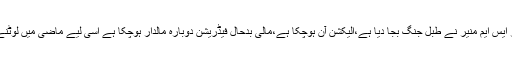
حنیف گوہر نے کہا کہ ہمارے لیڈر ایس ایم منیر نے طبل جنگ بجا دیا ہے،الیکشن آن ہوچکا ہے،مالی بدحال فیڈریشن دوبارہ مالدار ہوچکا ہے اسی لیے ماضی میں لوٹنے والا گروہ پھر سرگرم ہوچکا ہے۔